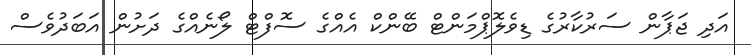
އަދި ޖަޕާން ސަރުކާރުގެ ޑިވެލޮޕްމަންޓް ބޭންކް އެއްގެ ސޮފްޓް ލޯނެއްގެ ދަށުން އަބަދުވެސް